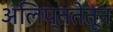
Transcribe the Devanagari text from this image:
अलिप्ततेतून